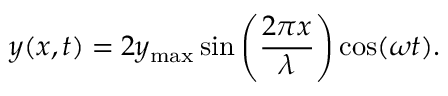
y ( x , t ) = 2 y _ { \mathrm { m a x } } \sin \left( { \frac { 2 \pi x } { \lambda } } \right) \cos ( \omega t ) .